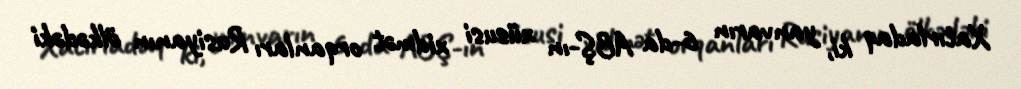
Xatırladaq ki, yanvarın 6-da ABŞ-ın xüsusi xidmət orqanları Rusiyanın ölkədəki